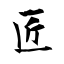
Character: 匠